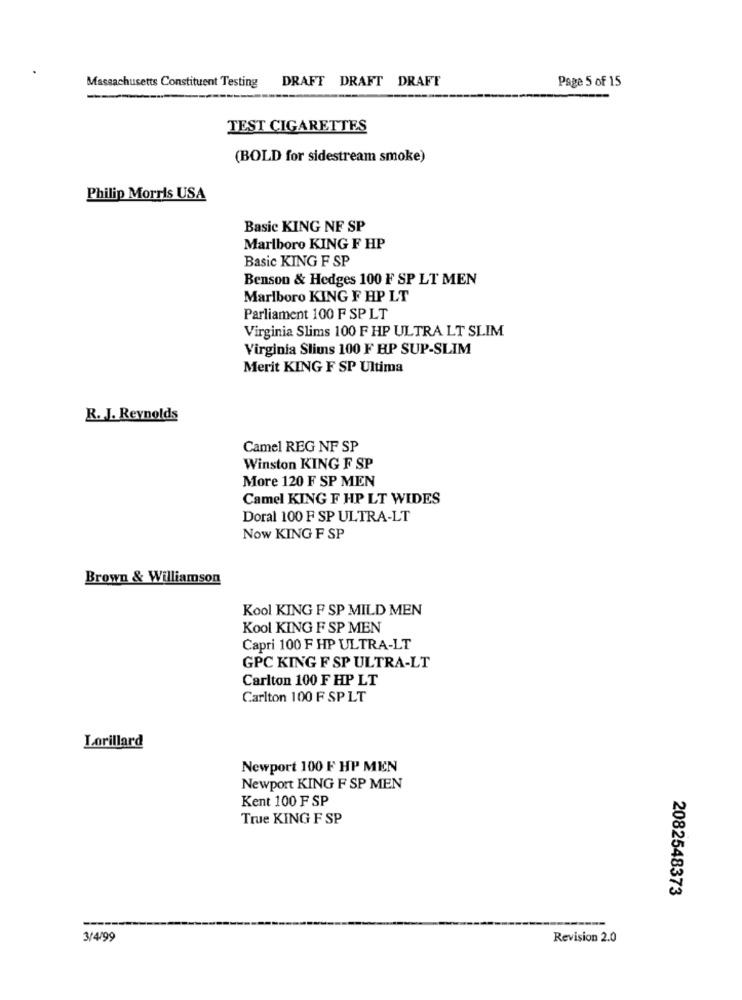
Massachusetts Constituent Testing
DRAFT DRAFT DRAFT
Page 5 of 15
TEST CIGARETTES
(BOLD for sidestream smoke)
Philip Morris USA
Basic KING NF SP
Marlboro KING F HP
Basic KING F SP
Benson & Hedges 100 F SP LT MEN
Marlboro KING F HP LT
Parliament 100 F SP LT
Virginia Slims 100 F HP ULTRA LT SLIM
Virginia Slims 100 F BP SUP-SLIM
Merit KING F SP Ultima
R. J. Reynolds
Camel REG NF SP
Winston KING F SP
More 120 F SP MEN
Camel KING F HP LT WIDES
Doral 100 F SP ULTRA-LT
Now KING F SP
Brown & Williamson
Kool KING F SP MILD MEN
Kool KING F SP MEN
Capri 100 F HP ULTRA-LT
GPC KING F SP ULTRA-LT
Carlton 100 F HP LT
Carlton 100 F SP LT
Lorillard
Newport 100 F HP MEN
Newport KING F SP MEN
Kent 100 F SP
True KING F SP
2082548373
3/4/99
Revision 2.0